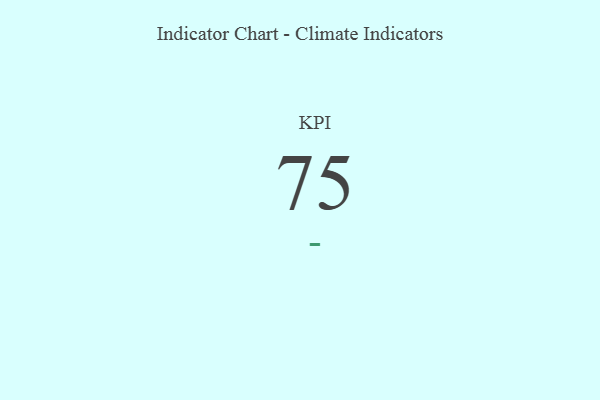
{"axis": {"x": "KPI", "y": "Value"}, "legend": [""], "data": [{"x": "KPI", "y": 75, "type": ""}]}